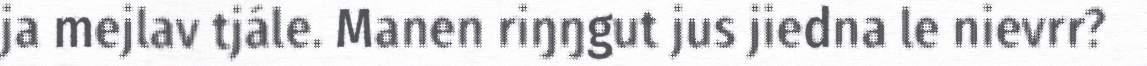
ja mejlav tjále. Manen riŋŋgut jus jiedna le nievrr?